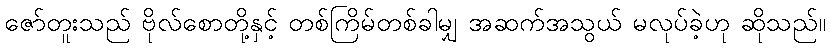
ဇော်တူးသည် ဗိုလ်စောတို့နှင့် တစ်ကြိမ်တစ်ခါမျှ အဆက်အသွယ် မလုပ်ခဲ့ဟု ဆိုသည်။